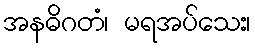
အနဓိဂတံ၊ မရအပ်သေး၊